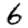
Digit: 6